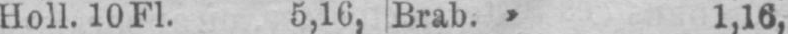
Holl. 10 Fl. 5,16, Brab. 1,16,